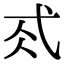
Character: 𢎂